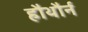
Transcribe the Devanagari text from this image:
हौथौर्न